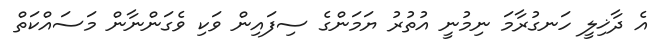
އެ ދާޚިލީ ހަނގުރާމަ ނިމުނީ އުތުރު ޔަމަންގެ ސިފައިން ވަކި ވެގަންނާން މަސައްކަތް